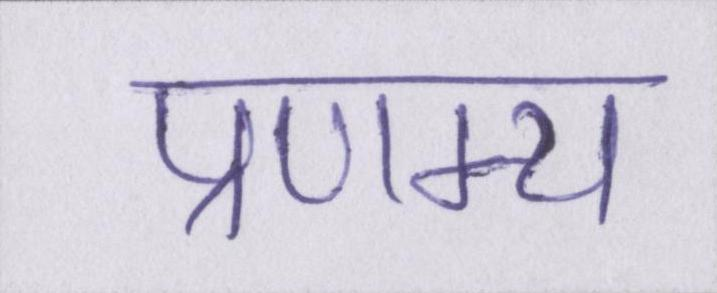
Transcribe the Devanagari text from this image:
प्रणम्य